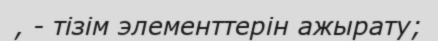
, - тізім элементтерін ажырату;